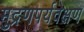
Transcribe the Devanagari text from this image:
मुद्रणपर्यवेक्षण